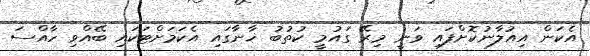
އެކަން އިއުލާނުކޮށްފައި ވަނީ މިރޭ ގައުމީ ކުތުބު ޚާނާގައި އެކަމަށްޓަކައި ބޭއްވި ހާއްސަ